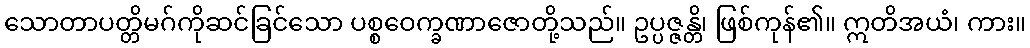
သောတာပတ္တိမဂ်ကိုဆင်ခြင်သော ပစ္စဝေက္ခဏာဇောတို့သည်။ ဥပ္ပဇ္ဇန္တိ၊ ဖြစ်ကုန်၏။ ဣတိအယံ၊ ကား။